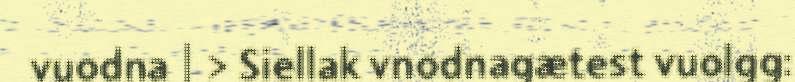
vuodna | > Siellak vnodnagætest vuolgg: